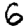
Digit: 6